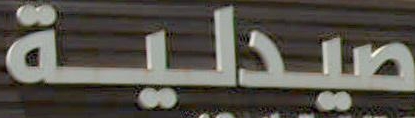
صيدلية